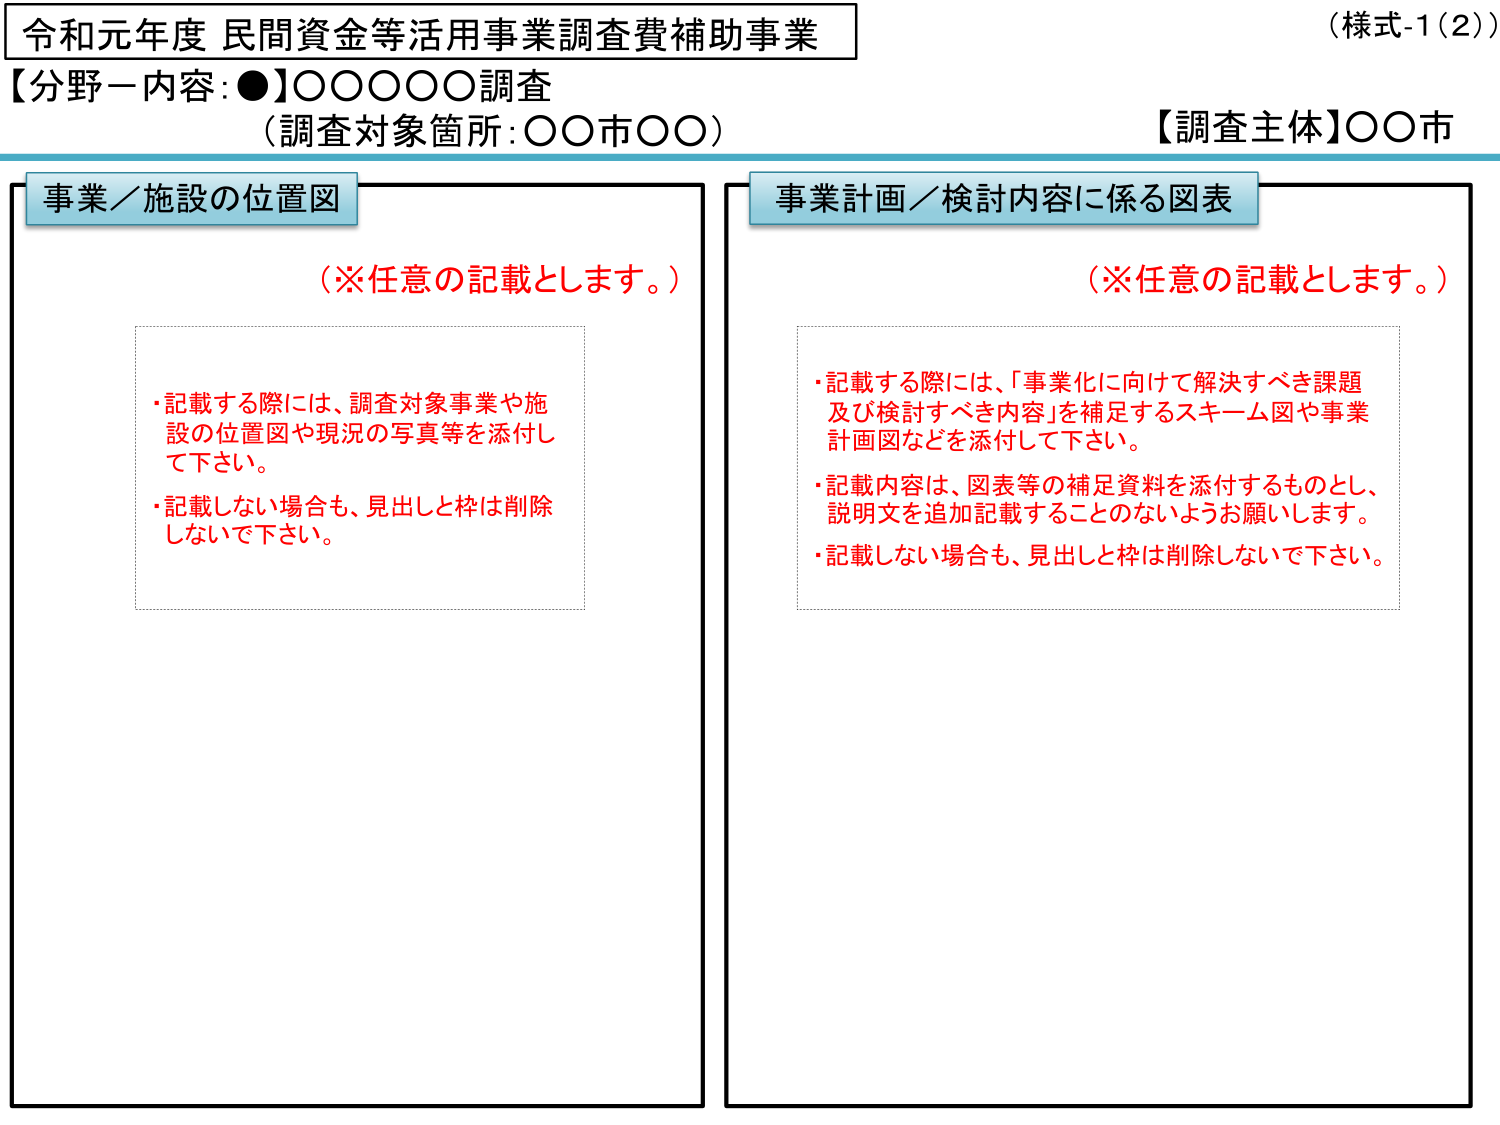
令和元年度 民間資金等活用事業調査費補助事業
（様式-1（2））
【分野一内容：●】○○○○○調査
（調査対象箇所：○○市○○）
【調査主体】○○市

事業／施設の位置図
（※任意の記載とします。）
・記載する際には、調査対象事業や施設の位置図や現況の写真等を添付して下さい。
・記載しない場合も、見出しと枠は削除しないで下さい。

事業計画／検討内容に係る図表
（※任意の記載とします。）
・記載する際には、「事業化に向けて解決すべき課題及び検討すべき内容」を補足するスキーム図や事業計画図などを添付して下さい。
・記載内容は、図表等の補足資料を添付するものとし、説明文を追加記載することのないようお願いします。
・記載しない場合も、見出しと枠は削除しないで下さい。